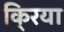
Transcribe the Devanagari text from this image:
कि्रया